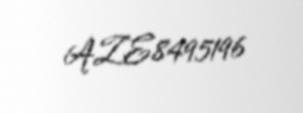
AZE8495196